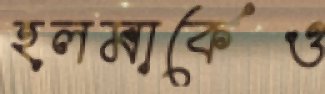
হলমার্কেও